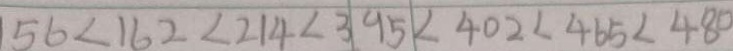
5 6 < 1 6 2 < 2 1 4 < 3 9 5 < 4 0 2 < 4 6 5 < 4 8 0